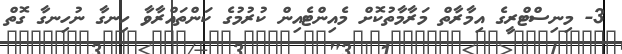
3- މިނިސްޓްރީގެ އިމާރާތް މަރާމާތުކޮށް މެއިންޓެއިން ކުރުމުގެ ކަންތައްރާވާ ހިނގާ ނުހިނގާ ގޮތް